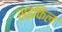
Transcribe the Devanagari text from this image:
सइकिल